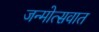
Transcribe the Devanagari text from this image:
जन्मोत्सवात